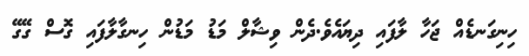
ހިނިގަނޑެއް ޖަހާ ލާފައި ދިޔައެވެ.ދެން ވިޝާލް މަޑު މަޑުން ހިނގާލާފައި ގޮސް ގޭގޭ